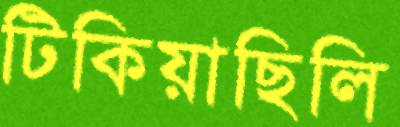
টিকিয়াছিলি